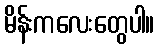
မိန်းကလေးတွေပါ။